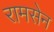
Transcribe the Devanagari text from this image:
रामसेन